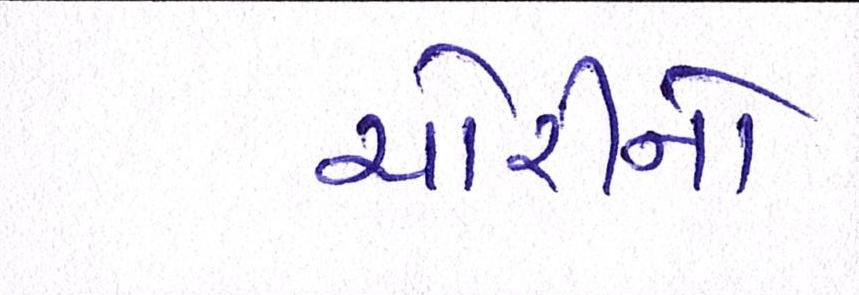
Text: ચોરીનો